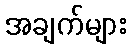
အချက်များ